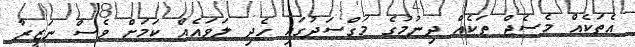
އެތަކެއް މެސެޖް ތަކެއް ދިނުމުގެ މަގްސަދުގައި ހެދި ލަވައެއް ކަމަށް ވެސް ނަޒީރާ